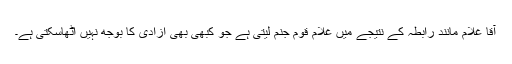
آقا غلام مانند رابطہ کے نتیجے میں غلام قوم جنم لیتی ہے جو کبھی بھی آزادی کا بوجھ نہیں اٹھاسکتی ہے۔